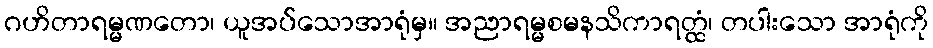
ဂဟိတာရမ္မဏတော၊ ယူအပ်သောအာရုံမှ။ အညာရမ္မစမနသိကာရတ္ထံ၊ တပါးသော အာရုံကို